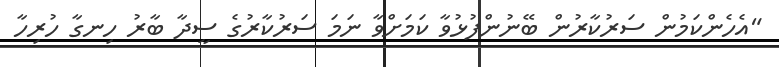
"އެހެންކަމުން ސަރުކާރުން ބޭނުންފުޅުވާ ކަމަށްވާ ނަމަ ސަރުކާރުގެ ސީދާ ބާރު ހިނގާ ހުރިހާ